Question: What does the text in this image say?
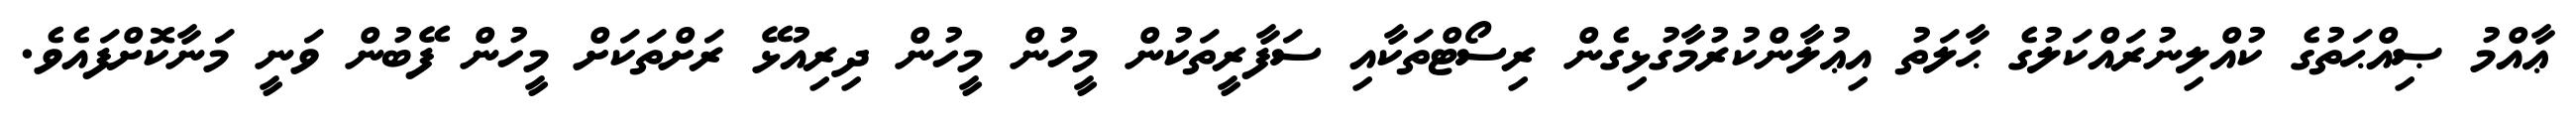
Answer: ޢާއްމު ޞިއްޙަތުގެ ކުއްލިނުރައްކަލުގެ ޙާލަތު އިޢުލާންކުރުމާގުޅިގެން ރިސޯޓްތަކާއި ސަފާރީތަކުން މީހުން މީހުން ދިރިއުޅޭ ރަށްތަކަށް މީހުން ފޭބުން ވަނީ މަނާކޮށްފައެވެ.